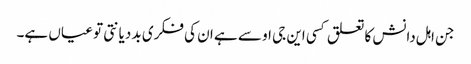
جن اہل دانش کا تعلق کسی این جی او سے ہے ان کی فکری بد دیانتی تو عیاں ہے۔